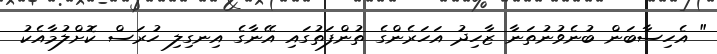
" އެހިސާބަން ބުނެވުނުތަނާ ޒާހިދު އަހަރެންގެ ތުންފަތުގައި އޭނާގެ އިނގިލި ހުރަސް ކޮށްލުމާއެކު